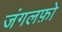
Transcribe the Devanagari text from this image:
जंगलफ़ो